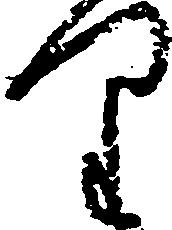
り